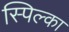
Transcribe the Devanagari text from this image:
स्पिल्का